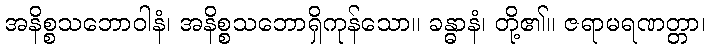
အနိစ္စသဘောဝါနံ၊ အနိစ္စသဘောရှိကုန်သော။ ခန္ဓာနံ၊ တို့၏။ ဇရာမရဏတ္တာ၊